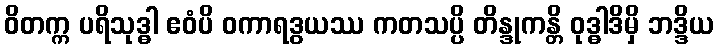
ဝိတက္က ပရိသုဒ္ဓါ ဧဝံပိ ဝကာရဒွယဿ ကတသပ္ပိ တိန္ဒုကန္တိ ဝုဒ္ဓါဒိမှိ ဘဒ္ဒိယ